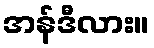
အန်ဒီလား။